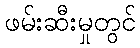
ဖမ်းဆီးမှုတွင်